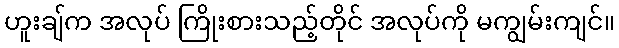
ဟူးချ်က အလုပ် ကြိုးစားသည့်တိုင် အလုပ်ကို မကျွမ်းကျင်။